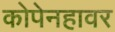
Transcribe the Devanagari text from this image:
कोपेनहावर